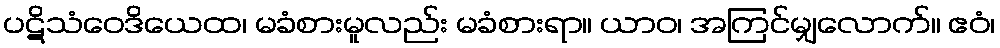
ပဋိသံဝေဒိယေထ၊ မခံစားမူလည်း မခံစားရာ။ ယာဝ၊ အကြင်မျှလောက်။ ဧဝံ၊